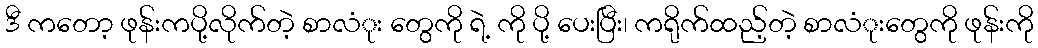
ဒီ ကတော့ ဖုန်းကပို့လိုက်တဲ့ စာလံုး တွေကို ရဲ့ ကို ပို့ ပေးပြီး၊ ကရိုက်ထည့်တဲ့ စာလံုးတွေကို ဖုန်းကို